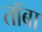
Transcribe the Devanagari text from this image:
तॉबा